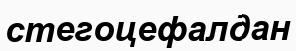
стегоцефалдан